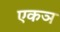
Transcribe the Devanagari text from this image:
एकञ